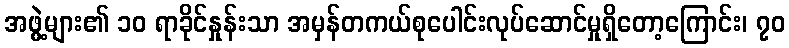
အဖွဲ့များ၏ ၁၀ ရာခိုင်နှုန်းသာ အမှန်တကယ်စုပေါင်းလုပ်ဆောင်မှုရှိတော့ကြောင်း၊ ၇၀